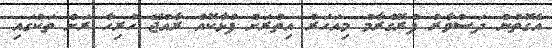
އެގޮތުން ދަސްވާރު ޕްރޮގްރާމް މިއަހަރު އިތުރަށް ފުޅާކޮއް ރާއްޖޭ ހުރިހާ ރަށް ތަކުގައި